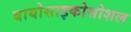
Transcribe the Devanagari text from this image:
बायोसाइकोसोशल